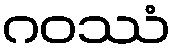
ဂဝဿံ